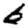
Digit: 6